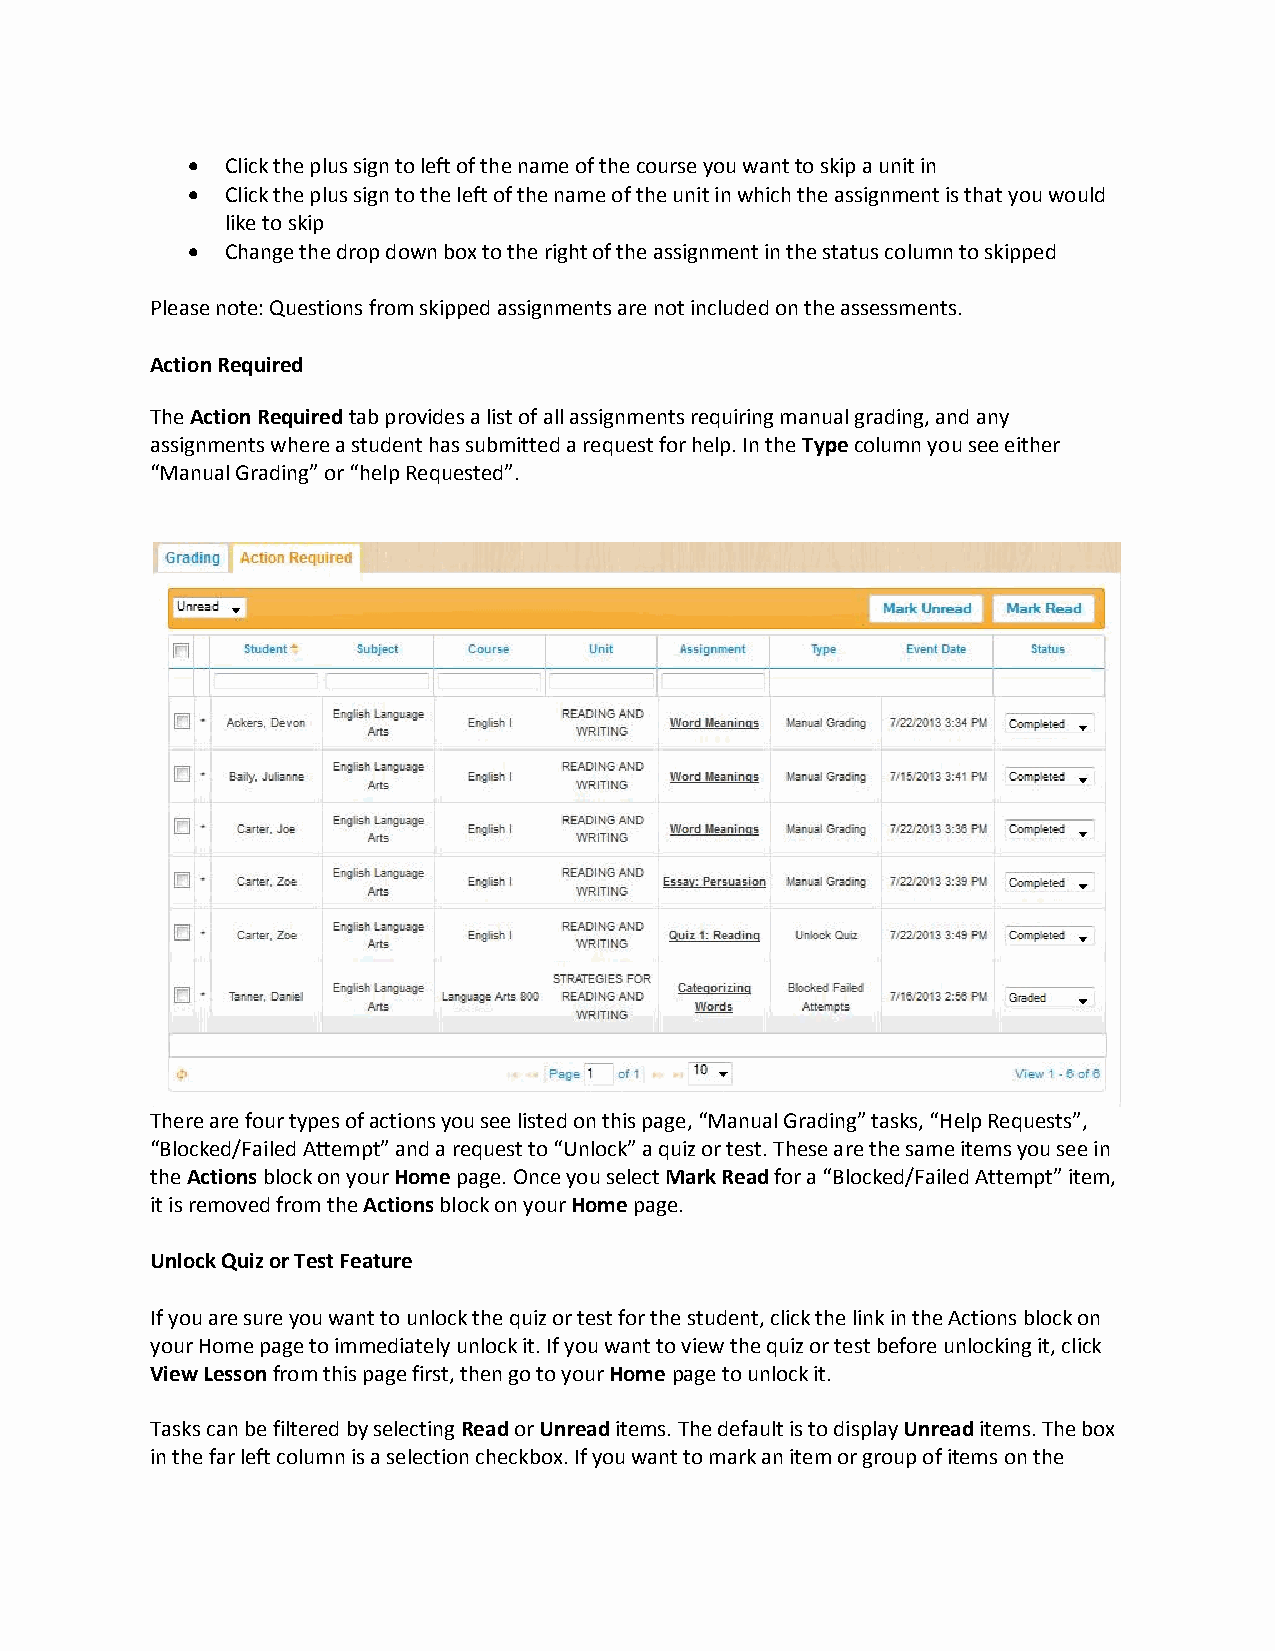
  Click the plus sign to left of the name of the course you want to skip a unit in
   Click the plus sign to the left of the name of the unit in which the assignment is that you would
 like to skip
   Change the drop down box to the right of the assignment in the status column to skipped
 Please note: Questions from skipped assignments are not included on the assessments.
 Action Required
 The Action Required tab provides a list of all assignments requiring manual grading, and any
 assignments where a student has submitted a request for help. In the Type column you see either
 “Manual Grading” or “help Requested”.
 There are four types of actions you see listed on this page, “Manual Grading” tasks, “Help Requests”,
 “Blocked/Failed Attempt” and a request to “Unlock” a quiz or test. These are the same items you see in
 the Actions block on your Home page. Once you select Mark Read for a “Blocked/Failed Attempt” item,
 it is removed from the Actions block on your Home page.
 Unlock Quiz or Test Feature
 If you are sure you want to unlock the quiz or test for the student, click the link in the Actions block on
 your Home page to immediately unlock it. If you want to view the quiz or test before unlocking it, click
 View Lesson from this page first, then go to your Home page to unlock it.
 Tasks can be filtered by selecting Read or Unread items. The default is to display Unread items. The box
 in the far left column is a selection checkbox. If you want to mark an item or group of items on the